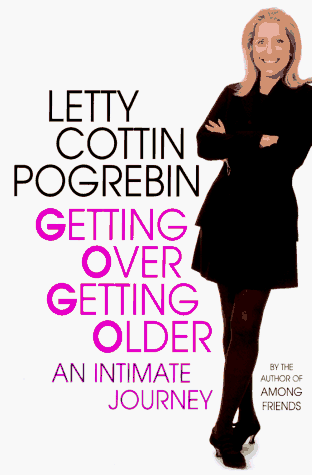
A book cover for Getting Over Getting Older: An Intimate Journey; Letty Cottin Pogrebin; Self-Help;